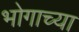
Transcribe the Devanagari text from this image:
भोगाच्या